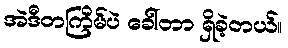
အဲဒီတကြိမ်ပဲ ခေါ်တာ ရှိခဲ့တယ်။